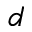
d